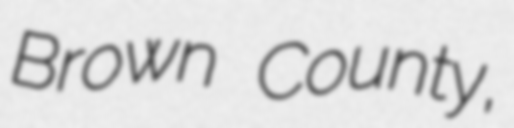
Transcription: Brown County,